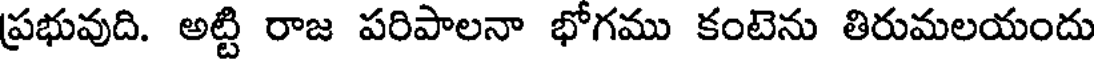
ప్రభువుది. అట్టి రాజ పరిపాలనా భోగము కంటెను తిరుమలయందు